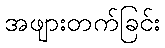
အဖျားတက်ခြင်း